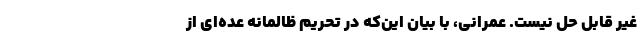
غیر قابل حل نیست. عمرانی، با بیان این‌که در تحریم ظالمانه عده‌ای از